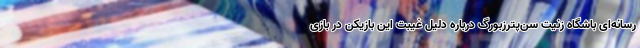
رسانه‌ای باشگاه زنیت سن‌پترزبورگ درباره دلیل غیبت این بازیکن در بازی